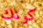
كونك